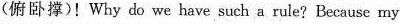
(俯卧撑)!Whydo wehave such a rule?Because my